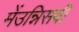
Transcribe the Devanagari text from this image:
मेंउन्निसवीं